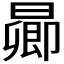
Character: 𬁋